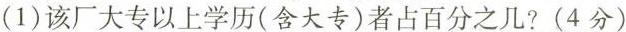
(1)该厂大专以上学历(含大专)者占百分之几?(4分)